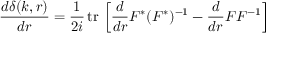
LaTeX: \frac { d \delta ( k , r ) } { d r } = \frac { 1 } { 2 i } \, \mathrm { t r } \, \left[ \frac { d } { d r } F ^ { * } ( F ^ { * } ) ^ { - 1 } - \frac { d } { d r } F F ^ { - 1 } \right] \,